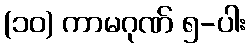
(၁၀) ကာမဂုဏ် ၅-ပါး